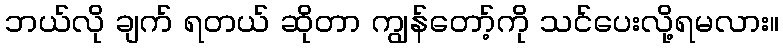
ဘယ်လို ချက် ရတယ် ဆိုတာ ကျွန်တော့်ကို သင်ပေးလို့ရမလား။